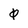
Character: 0